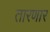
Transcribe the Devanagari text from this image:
तारणार